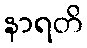
နာရတိ